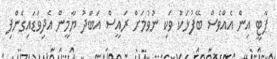
ޕާޓީ އިން އެއްވެސް ބޭފުޅަކު ވަކި ނުވުމަށް ރައީސް އަބްދު ޔާމީން އެދިވަޑައިގެންފި